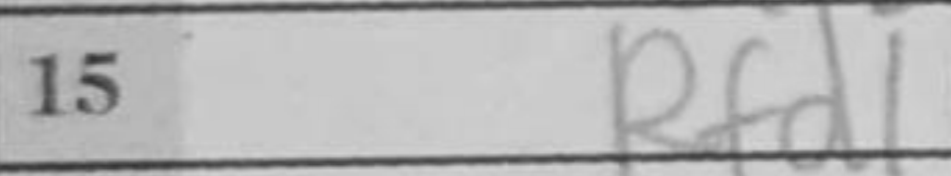
Transcription: Rdf1